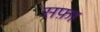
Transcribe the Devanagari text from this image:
सफ़ा